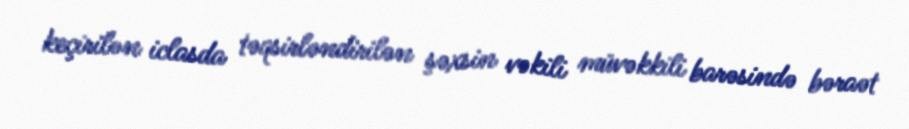
keçirilən iclasda təqsirləndirilən şəxsin vəkili müvəkkili barəsində bəraət